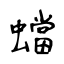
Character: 蟷